Scottish Leaving Certificate Examination, 1958
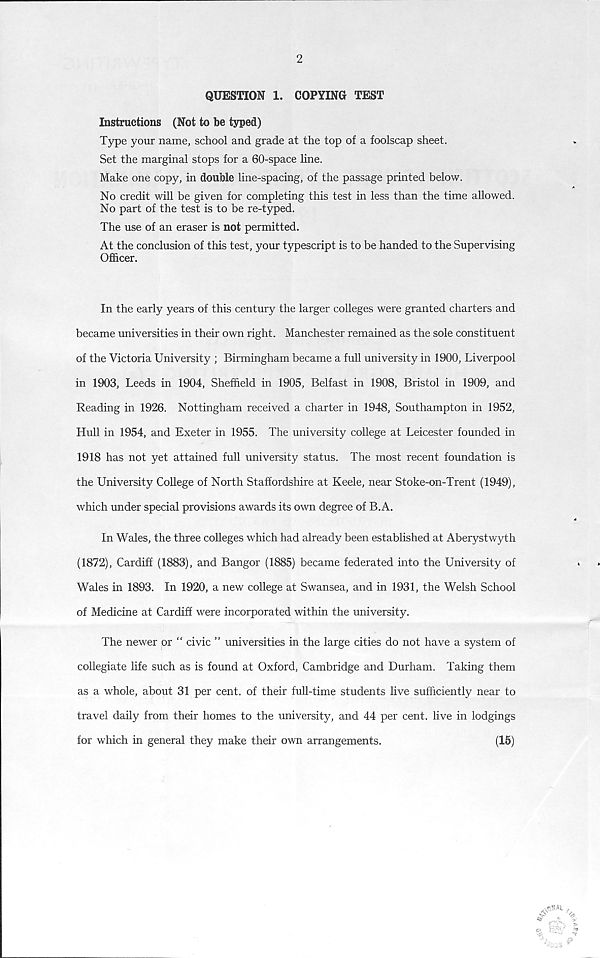
2
QUESTION 1. COPYING TEST
Instructions (Not to be typed)
Type your name, school and grade at the top of a foolscap sheet.
Set the marginal stops for a 60-space line.
Make one copy, in double line-spacing, of the passage printed below.
No credit will be given for completing this test in less than the time allowed.
No part of the test is to be re-typed.
The use of an eraser is not permitted.
At the conclusion of this test, your typescript is to be handed to the Supervising
Officer.
In the early years of this century the larger colleges were granted charters and
became universities in their own right. Manchester remained as the sole constituent
of the Victoria University ; Birmingham became a full university in 1900, Liverpool
in 1903, Leeds in 1904, Sheffield in 1905, Belfast in 1908, Bristol in 1909, and
Reading in 1926. Nottingham received a charter in 1948, Southampton in 1952,
Hull in 1954, and Exeter in 1955. The university college at Leicester founded in
1918 has not yet attained full university status. The most recent foundation is
the University College of North Staffordshire at Keele, near Stoke-on-Trent (1949),
which under special provisions awards its own degree of B.A.
In Wales, the three colleges which had already been established at Aberystwyth
(1872), Cardiff (1883), and Bangor (1885) became federated into the University of
Wales in 1893. In 1920, a new college at Swansea, and in 1931, the Welsh School
of Medicine at Cardiff were incorporated within the university.
The newer or “ civic ” universities in the large cities do not have a system of
collegiate life such as is found at Oxford, Cambridge and Durham. Taking them
as a whole, about 31 per cent, of their full-time students live sufficiently near to
travel daily from their homes to the university, and 44 per cent, live in lodgings
for which in general they make their own arrangements.
(15)
«c\NAl .